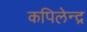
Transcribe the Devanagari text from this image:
कपिलेन्द्र